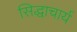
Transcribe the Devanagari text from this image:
सिद्धाचार्य